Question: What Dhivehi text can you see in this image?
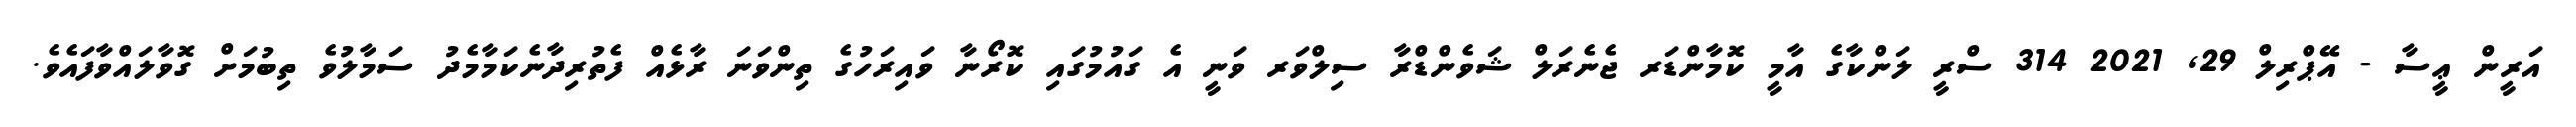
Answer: އަރީން ޢީސާ - އޭޕްރިލް 29, 2021 314 ސްރީ ލަންކާގެ އާމީ ކޮމާންޑަރ ޖެނެރަލް ޝަވެންޑްރާ ސިލްވަރ ވަނީ އެ ގައުމުގައި ކޮރޯނާ ވައިރަހުގެ ތިންވަނަ ރާޅެއް ފެތުރިދާނެކަމާމެދު ސަމާލުވެ ތިބުމަށް ގޮވާލައްވާފައެވެ.